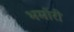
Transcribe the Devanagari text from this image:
भमोरी